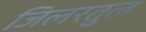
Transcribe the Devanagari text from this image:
जिलरतुल